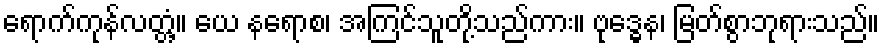
ရောက်ကုန်လတ္တံ့။ ယေ နရောစ၊ အကြင်သူတို့သည်ကား။ ဗုဒ္ဓေန၊ မြတ်စွာဘုရားသည်။